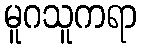
မူဂသူကရာ